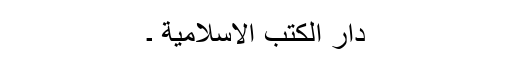
دار الكتب الاسلامية ۔